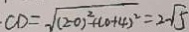
C D = \sqrt { ( 2 - 0 ) ^ { 2 } + ( 0 + 4 ) ^ { 2 } } = 2 \sqrt { 5 }